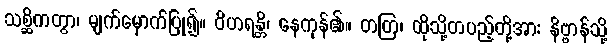
သစ္ဆိကတွာ၊ မျက်မှောက်ပြု၍။ ဝိဟရန္တိ၊ နေကုန်၏။ တတြ၊ ထိုသို့တပည့်တို့အား နိဗ္ဗာန်သို့